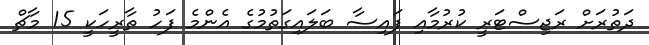
ދަތުރަށް ރަޖިސްޓަރީ ކުރުމާއި ފައިސާ ބަލައިގަތުމުގެ އެންމެ ފަހު ތާރީހަކީ 15 މާޗް